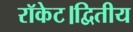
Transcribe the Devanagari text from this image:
रॉकेट।द्वितीय